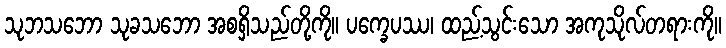
သုဘသဘော သုခသဘော အစရှိသည်တို့ကို။ ပက္ခေပဿ၊ ထည့်သွင်းသော အကုသိုလ်တရားကို။